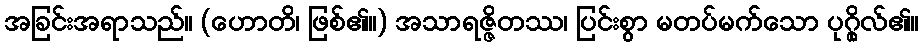
အခြင်းအရာသည်။ (ဟောတိ၊ ဖြစ်၏။) အသာရဇ္ဇိတဿ၊ ပြင်းစွာ မတပ်မက်သော ပုဂ္ဂိုလ်၏။